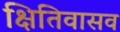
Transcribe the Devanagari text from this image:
क्षितिवासव